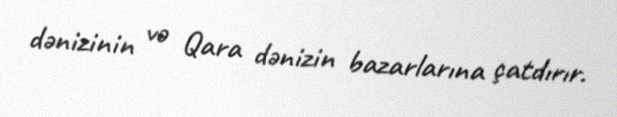
dənizinin və Qara dənizin bazarlarına çatdırır.